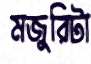
মজুরিটা